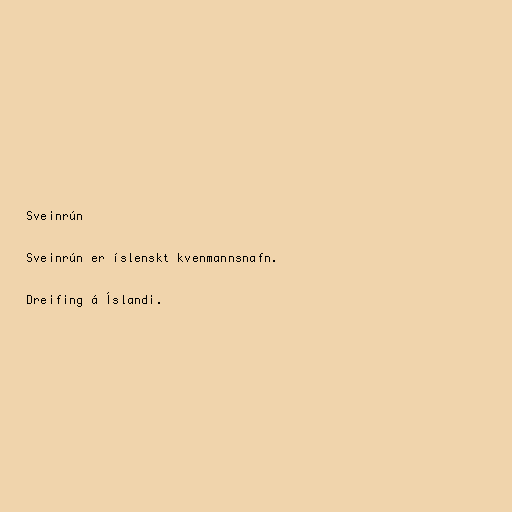
Sveinrún

Sveinrún er íslenskt kvenmannsnafn.

Dreifing á Íslandi.